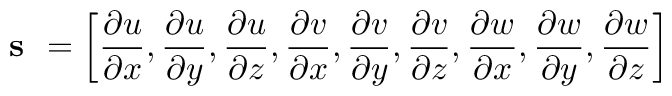
\textbf { s } = \left\lbrack \frac { \partial u } { \partial x } , \frac { \partial u } { \partial y } , \frac { \partial u } { \partial z } , \frac { \partial v } { \partial x } , \frac { \partial v } { \partial y } , \frac { \partial v } { \partial z } , \frac { \partial w } { \partial x } , \frac { \partial w } { \partial y } , \frac { \partial w } { \partial z } \right\rbrack